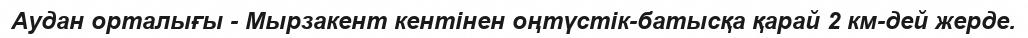
Аудан орталығы - Мырзакент кентінен оңтүстік-батысқа қарай 2 км-дей жерде.